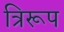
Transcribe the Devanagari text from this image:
त्रिरूप